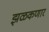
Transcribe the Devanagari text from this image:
झळकणार